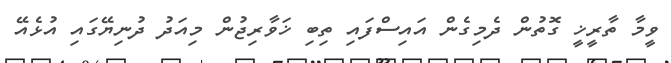
ވީމާ ތާރީޚީ ގޮތުން ދެމިގެން އައިސްފައި ތިބި ޚަވާރިޖުން މިއަދު ދުނިޔޭގައި އުޅެއޭ